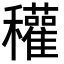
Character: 𥤊